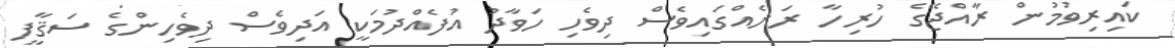
ކައިރިވުމުން ރާއްޖޭގެ ހުރިހާ ރަށެއްގައިވެސް ދިވެހި ހަވާދު އުފެއްދުމަކީ އަދިވެސް ދިވެހިންގެ ސަޤާފީ